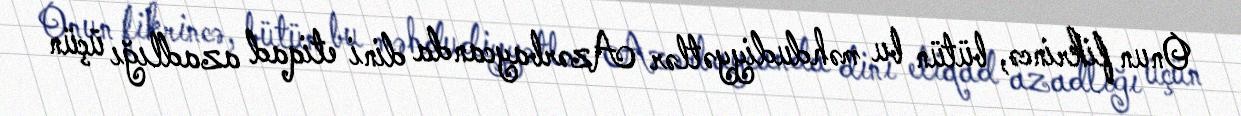
Onun fikrincə, bütün bu məhdudiyyətlər Azərbaycanda dini etiqad azadlığı üçün